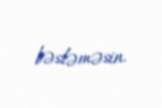
bəsləməsin.